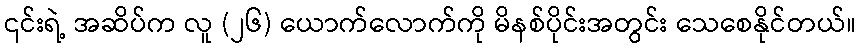
၎င်းရဲ့ အဆိပ်က လူ (၂၆) ယောက်လောက်ကို မိနစ်ပိုင်းအတွင်း သေစေနိုင်တယ်။